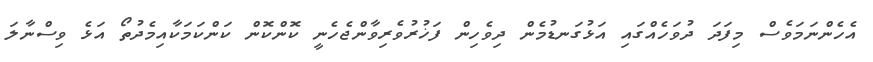
އެހެންނަމަވެސް މިފަދަ ދުވަހެއްގައި އަޅުގަނޑުމެން ދިވެހިން ފަޚުރުވެރިވާންޖެހެނީ ކޮންކޮން ކަންކަމަކާއިމެދުތޯ އަޅެ ވިސްނާލަ